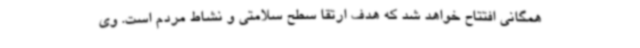
همگانی افتتاح خواهد شد که هدف ارتقا سطح سلامتی و نشاط مردم است. وی